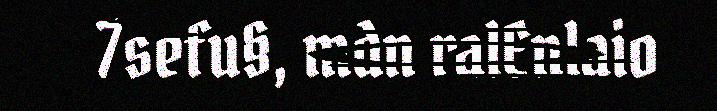
7sefu§, mdn ralEnlaio